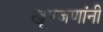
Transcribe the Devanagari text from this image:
खूपजणांनी